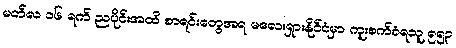
မတ်လ ၁၆ ရက် ညပိုင်းအထိ စာရင်းတွေအရ မလေးရှားနိုင်ငံမှာ ကူးစက်ခံရသူ ၅၅၃